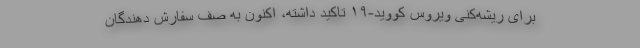
برای ریشه‌کنی ویروس کووید-۱۹ تاکید داشته، اکنون به صف سفارش دهندگان